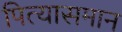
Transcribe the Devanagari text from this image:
पित्यासमान